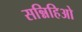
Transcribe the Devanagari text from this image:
सन्निहिओ